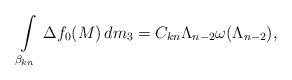
LaTeX: \begin{align*}\int\limits_{\beta_{kn}}\, \Delta f_0(M)\, dm_3 = C_{kn}\Lambda_{n-2}\omega(\Lambda_{n-2}),\end{align*}